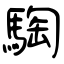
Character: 騊